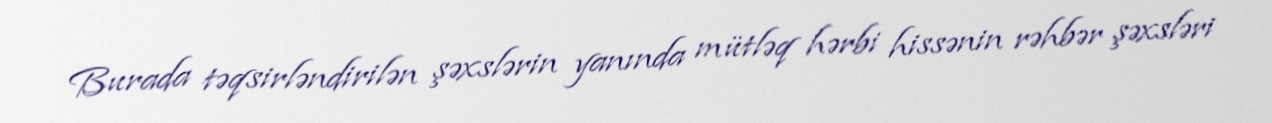
Burada təqsirləndirilən şəxslərin yanında mütləq hərbi hissənin rəhbər şəxsləri